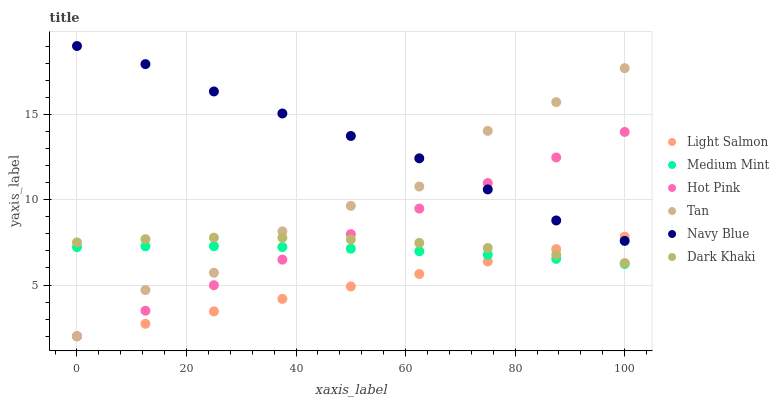
| xaxis_label | Light Salmon | Medium Mint | Hot Pink | Tan | Navy Blue | Dark Khaki |
 | --- | --- | --- | --- | --- | --- | --- |
 | 0 | 2 | 7.22 | 2 | 2 | 19 | 7.5 |
 | 12.5 | 2.73 | 7.27 | 3.5 | 4.71 | 17.9 | 7.69 |
 | 25 | 3.46 | 7.27 | 4.99 | 5.72 | 16.3 | 7.78 |
 | 37.5 | 4.19 | 7.22 | 6.49 | 8.14 | 15 | 7.77 |
 | 50 | 4.92 | 7.13 | 7.98 | 9.64 | 13.7 | 7.67 |
 | 62.5 | 5.65 | 6.98 | 9.48 | 10.8 | 12.4 | 7.47 |
 | 75 | 6.38 | 6.78 | 11 | 14 | 10.6 | 7.17 |
 | 87.5 | 7.11 | 6.53 | 12.5 | 15.7 | 8.78 | 6.78 |
 | 100 | 7.84 | 6.23 | 14 | 17.7 | 7.58 | 6.29 |